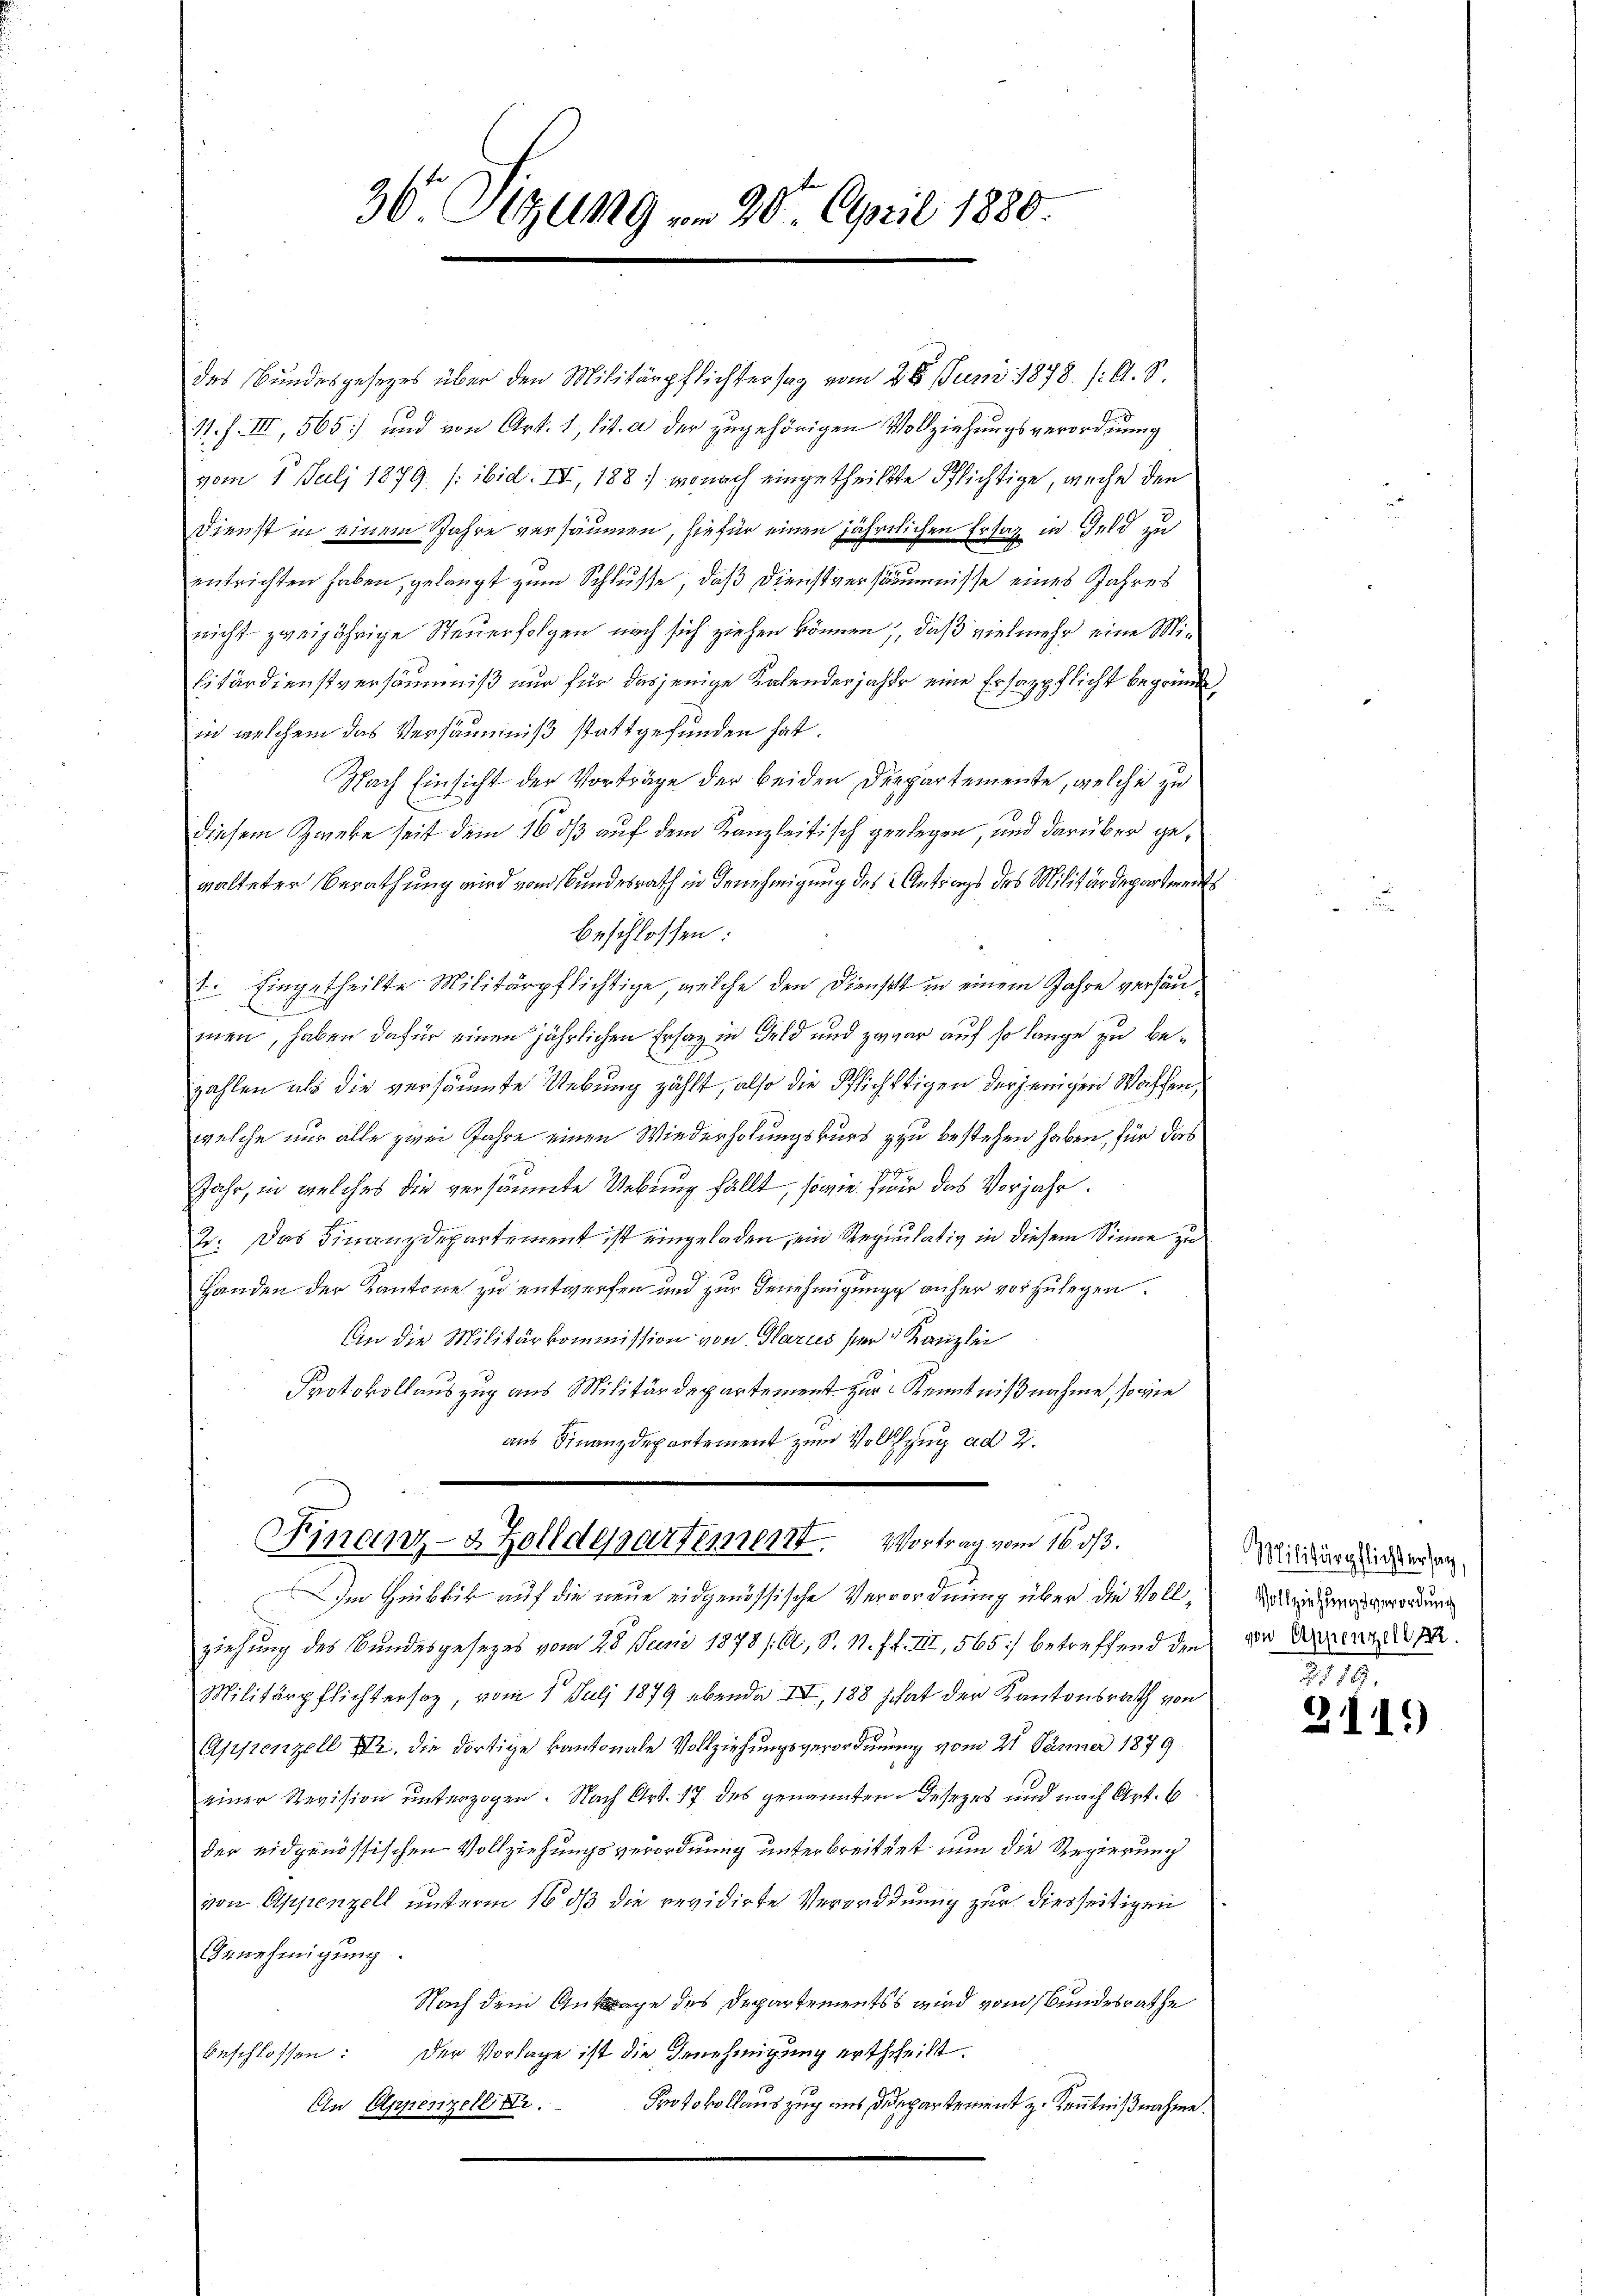
des Bundesgesezes über den Militärpflichtersag vom 28. Juni 1878. /: A. S.
11. f. III, 565) und von Art. 1, lit. a der zugehörigen Vollziehungsverordnung
vom 1. Juli 1879. (: ibid. IV, 188) wonach eingetheilte Pflichtige, weihe den
Dienst in einem Jahre versäumen, sie für einen jährlichen Ersatz in Geld zu
entrichten haben, gelangt zum Schlusse, daß Dienstversäumnisse eines Jahres
nicht zweijährige Steuerfolgen nach sich ziehen können, daß vielmehr eine Militärdienstversäumniß nur für dasjenige Kalenderjahre eine Ersazpflicht begründe,
in welchem das Versäumniß stattgefunden hat.
Nach Einsicht der Vorträge der beiden Departemente, welche zu
diesem Zweke seit dem 16 dß auf dem Kanzleitisch gelegen, und darüber gewalteter Berathung wird vom Bundesrath in Benehmigung des Antrags des Militärdepartement
beschlossen:
1. Eingetheilte Militärpflichtige, welche den Dienscht in einem Jahre verhänmen, haben dafür einen jährlichen Ersaz in Feld und zwar auf so lange zu bezahlen als die versäumte Uebung zählt, also die Pflichtigen derjenigen Waschen,
welche nur alle zwei Jahre einen Wiederholungskurs zu bestehen haben, für das
Jahr, in welches die versäumte Uebung fällt, sowie für das Vorjahr.
d. Das Finanzdepartement ist eingeladen, ein Regulativ in diesem Sinne zu
Handen der Kantone zu entwerfen und zur Genehmigung anher vorzulegen.
An die Militärkommission von Glarus ser Kanzlei
Protokollauszug aus Militärdepartement zur Kenntnißnahme, so wie
aus Finanzdepartement zum Vollzug ad 2.
Finanz- & Zolldepartement. Vortrag vom 16. 33.
Im Hinblik auf die neue eidgenössische Verrordnung über die Vollziehung des Bundesgesezes vom 28. Juni 1878 /:6, S. N. F. III, 565) betreffend den
Militärpflichtersaz, vom 1. Juli 1879 übende III, 188 hat der Kantonsrath von
Appenzell I. die dortige kantonale Vollziehungsverordnung vom 21 Jänner 1879
einer Revision unterzogen. Nach Art. 17 des genannten Jahrzes und nach Art. 6
der eidgenössischen Vollziehungsverordnung unterbreittet nun die Regierung
von Appenzell unterm 16. dß die revidirte Verordnung zur diesseitigen
Genehmigung.
Nach dem Antrage des Departementss wird vom Bundesrathe
Der Vorlage ist die Genehmigung ertheilt.
beschlossen:
Protokollauszug aus Departement zu Kenntnißnahme.
En Appenzellirt.

30. Sitzung am 20. April 1880.

Militärpflichtersag
Vollziehungsverordnung
von Appenzelle

767.
2115)